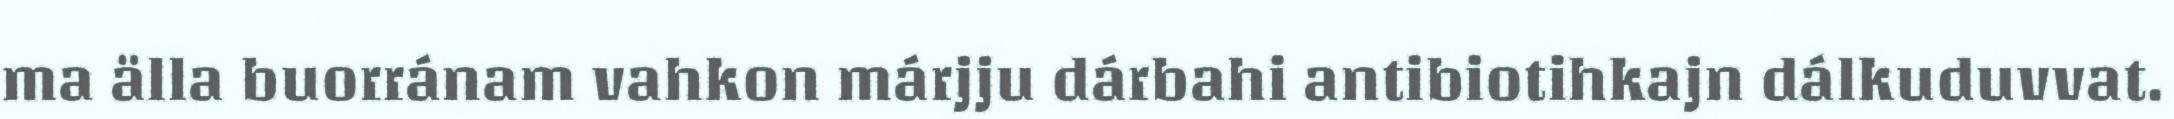
ma älla buorránam vahkon márjju dárbahi antibiotihkajn dálkuduvvat.